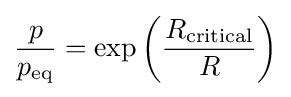
{\frac {p}{p_{\rm {eq}}}}=\exp {\left({\frac {R_{\rm {critical}}}{R}}\right)}